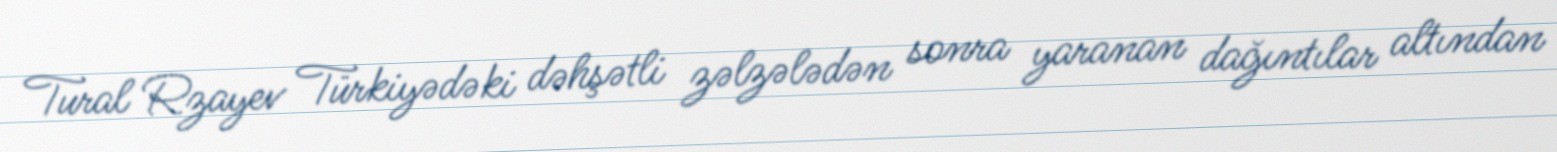
Tural Rzayev Türkiyədəki dəhşətli zəlzələdən sonra yaranan dağıntılar altından